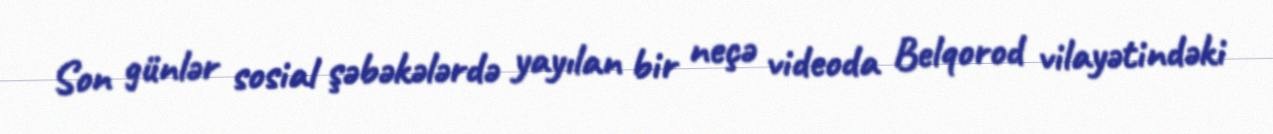
Son günlər sosial şəbəkələrdə yayılan bir neçə videoda Belqorod vilayətindəki